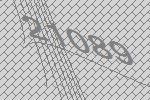
21089